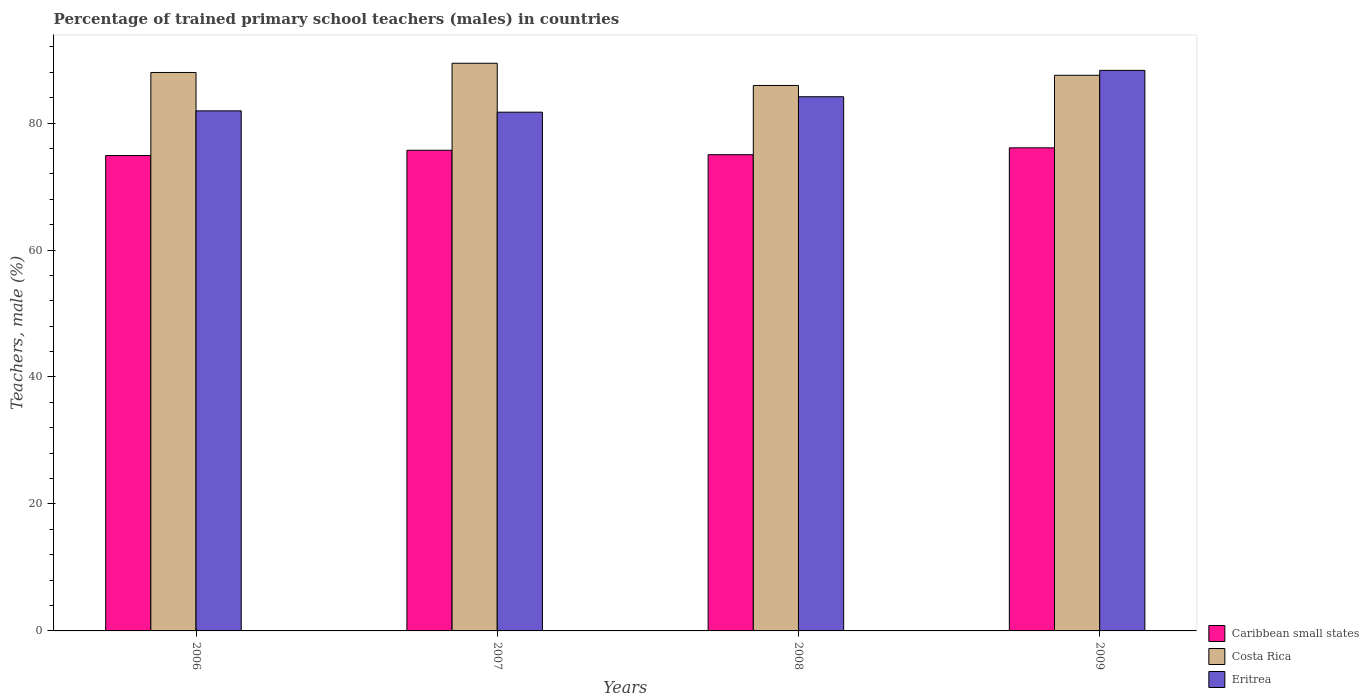
| Years | Caribbean small states | Costa Rica | Eritrea |
 | --- | --- | --- | --- |
 | 2006 | 74.9 | 88 | 81.9 |
 | 2007 | 75.7 | 89.4 | 81.7 |
 | 2008 | 75 | 85.9 | 84.1 |
 | 2009 | 76.1 | 87.5 | 88.3 |